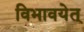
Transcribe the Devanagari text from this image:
विभावयेत्